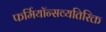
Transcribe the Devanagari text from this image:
फर्मियॉन्सव्यतिरिक्त